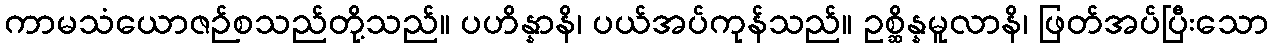
ကာမသံယောဇဉ်စသည်တို့သည်။ ပဟိန္နာနိ၊ ပယ်အပ်ကုန်သည်။ ဥစ္ဆိန္နမူလာနိ၊ ဖြတ်အပ်ပြီးသော